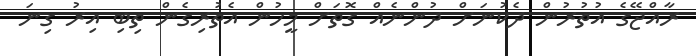
ރާއްޖޭގެ އުތުރުން ދެކުނަށް ދުންނެއް ގޮތަށް މީހުން އެތުރިގެން ތިބި އިރު ގިނަ